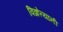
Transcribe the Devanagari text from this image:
विक्रेत्यानी